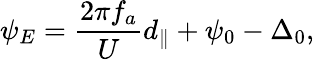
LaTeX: \psi_{E}=\frac{2\pi f_{a}}{U}d_{\parallel}+\psi_{0}-\Delta_{0},